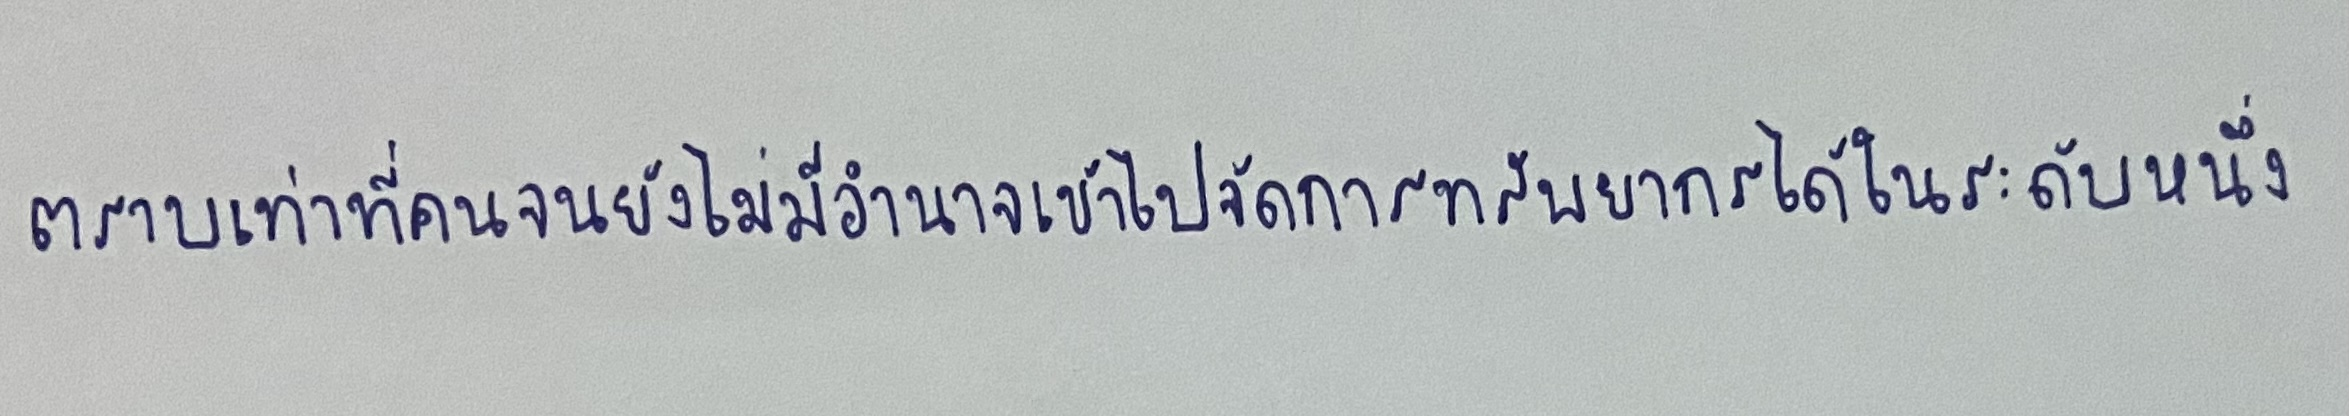
ตราบเท่าที่คนจนยังไม่มีอำนาจเข้าไปจัดการทรัพยากรได้ในระดับหนึ่ง